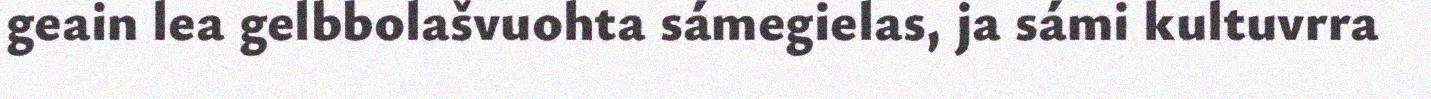
geain lea gelbbolašvuohta sámegielas, ja sámi kultuvrra